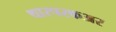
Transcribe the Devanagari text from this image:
थारपरकअर